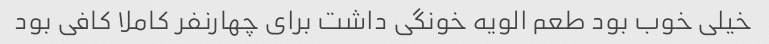
خیلی خوب بود طعم الویه خونگی داشت برای چهارنفر کاملا کافی بود